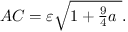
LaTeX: A C = \textstyle \varepsilon { \sqrt { 1 + { \frac { 9 } { 4 } } a \ } } .